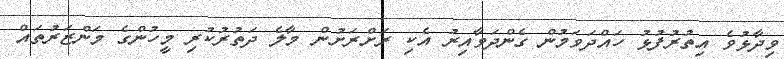
ވިދާޅުވެ އިތުރުފުޅު ހައްދަވަމުން ގެންދަވާއިރު އެކި ރަށްރަށުން މާލެ ދަތުރުކުރި މީހުންގެ މަންޒަރުތައް